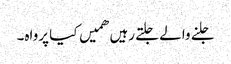
جلنے والے جلتے رہیں ھمیں کیا پرواہ۔